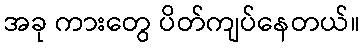
အခု ကားတွေ ပိတ်ကျပ်နေတယ်။